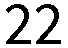
22